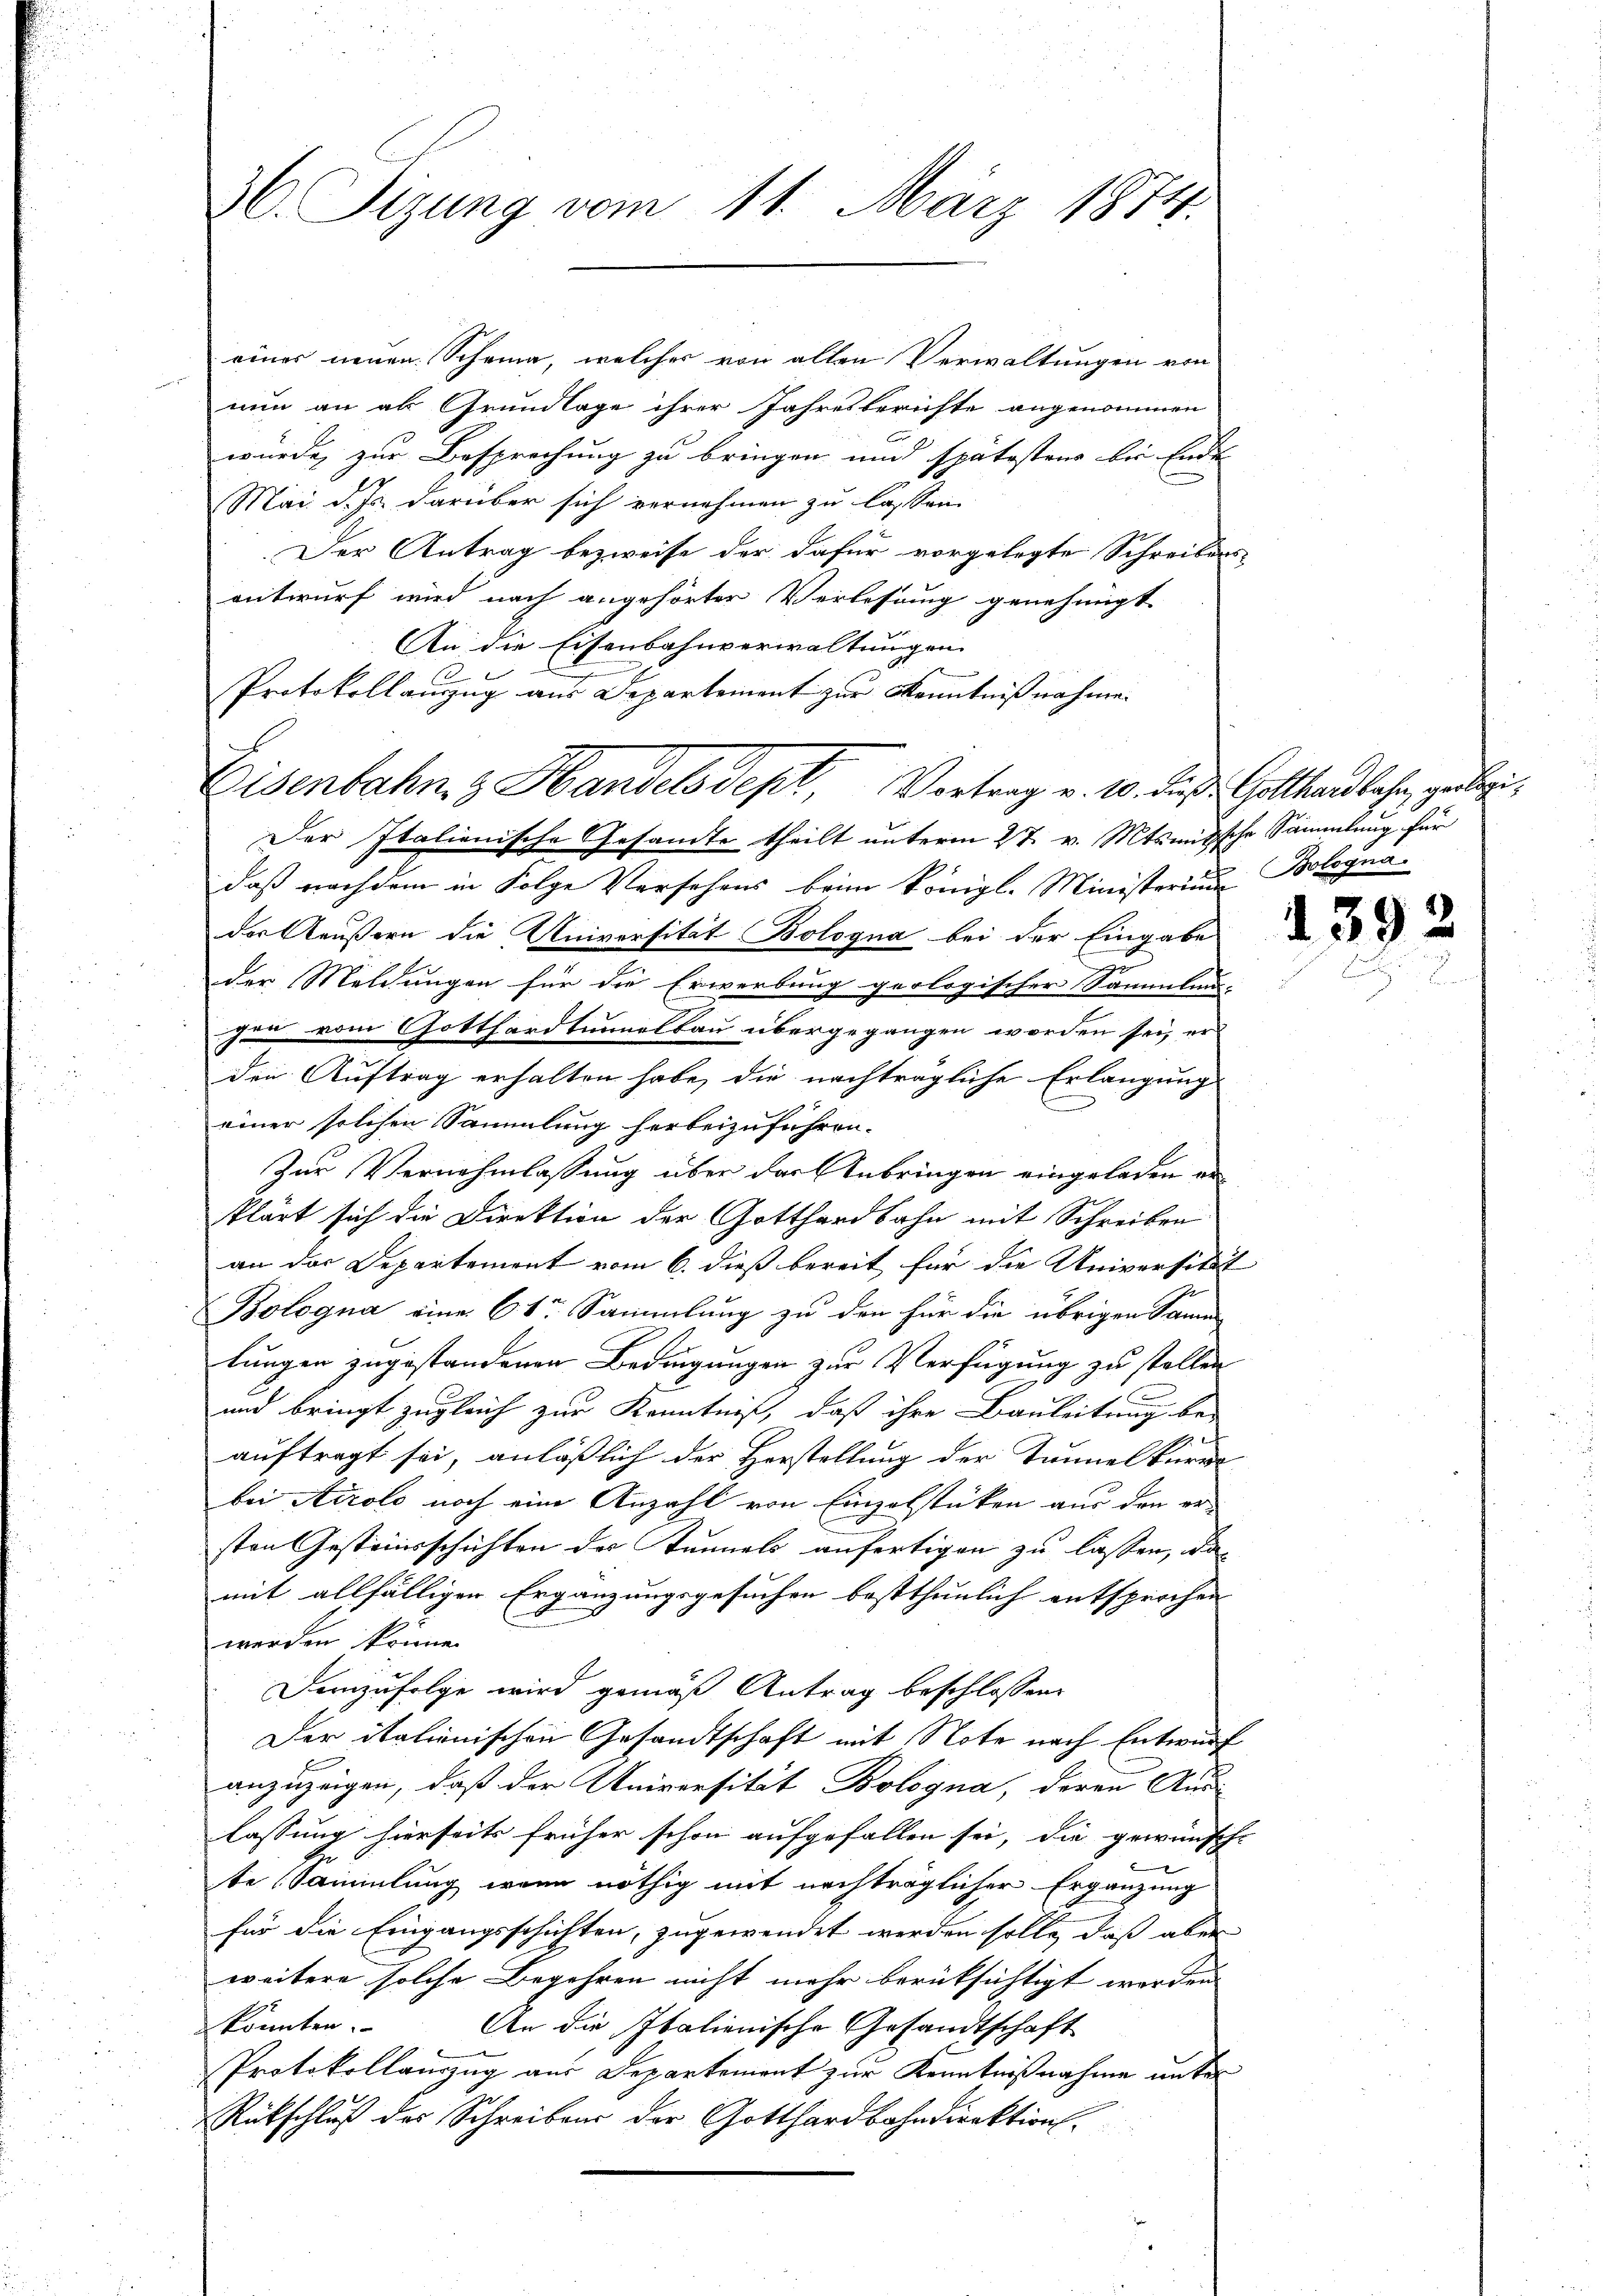
36. Tizung vom 11. März 1874.

eines neuen Scheina, welcher von allen Verwaltungen von
nun an als Grundlage ihrer Jahresberichte angenommen
würde zur Besprechung zu bringen und spätesten bis Ende
Mai d. Js. darüber sich vernehmen zu lassen.
Der Antrag bezweife der dafür vorgelegte Schreibens
entwurf wird nach angehörter Verlesung genehmigt.
An die Eisenbahnverwaltungen
Protokollauszug aus Departement zur Kenntnißnahme.
Der Italienische Gesante theilt unterm 27. v. Mtsmitsche Sammlung für
daß nachdem in Folge Versehens beim Königl. Ministerium Bolognader Aeußern die Universität Bologna bei der Eingabe
der Meldungen für die Erwerbung geologischer Sammlun-
gen vom Gotthardtunnelbau übergegangen worden sei, er
den Auftrag erhalten habe, die nachträgliche Erlangung
einer solchen Sammlung herbeizuführen.
Zur Vernehmlassung über der Anbringen eingeladen er
klärt sich die Direktion der Gotthardbahn mit Schreiben
an das Departement vom 6. dieß bereit für die Universität
Bologna eine 6 te Sammlung zu den für die übrigen Same
lungen zugestandenen Bedingungen zur Verfügung zu stellen
und bringt zugleich zur Kenntniß, daß ihre Bauleitung be-
auftragt sei, anläßlich der Herstellung der Tunnelkurre
bei Airolo noch eine Anzahl von Einzelstücken aus den er-
sten Gesteinsschichten der Tunnels anfertigen zu lassen, da
mit allfälligen Ergänzungsgesuchen bestthunlich entsprochen
werden könne.
Demzufolge wird gemäß Antrag beschlossen
Der italienischen Gesandtschaft mit Note nach Entwurf
anzuzeigen, daß der Universität Bologna, deren Aus-
lassung hierseits früher schon aufgefallen sei, die gewünscht
x
te Sammlung wenn nöthig mit nachträglicher Ergänzung
für die Eingangsschichten, zugewendet werden solle, daß aber
weitere solche Begehren nicht mehr berüksichtigt worden
könnten.
An die Italienische Gesandtschaft
Protokollauszug aus Departement zur Kenntnißnahme unter
Rückschluß der Schreibens der Gotthardbahndirektion

Eisenbahn, z. Handelsdept, Vortrag v. 10. des Gotthardbahn, gelei¬

1

39